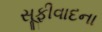
સૂફીવાદના